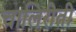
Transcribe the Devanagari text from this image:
चालिरीती